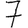
Digit: 7